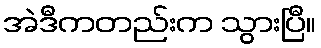
အဲဒီကတည်းက သွားပြီ။